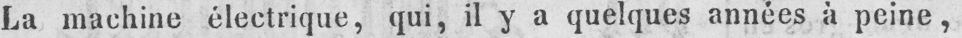
La machine électrique, qui, il y a quelques années à peine,